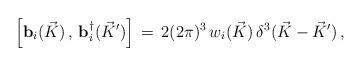
LaTeX: \begin{align*}\Big[ {\bf b}_i( \vec K )\,,\,{\bf b}_i^\dagger ({ \vec K }^\prime )\Big]\,=\, 2 (2\pi)^{3} \, w_i( \vec K ) \,\delta^3 ( \vec K -{ \vec K}^\prime ) \,,\end{align*}